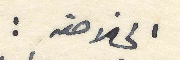
الخلاصة: